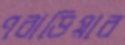
ণবাড়িয়ার